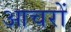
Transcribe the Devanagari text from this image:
आचरों